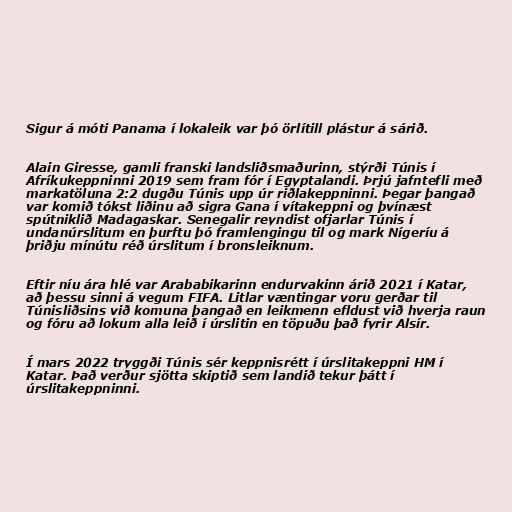
Sigur á móti Panama í lokaleik var þó örlítill plástur á sárið.

Alain Giresse, gamli franski landsliðsmaðurinn, stýrði Túnis í
Afríkukeppninni 2019 sem fram fór í Egyptalandi. Þrjú jafntefli með
markatöluna 2:2 dugðu Túnis upp úr riðlakeppninni. Þegar þangað
var komið tókst liðinu að sigra Gana í vítakeppni og þvínæst
spútniklið Madagaskar. Senegalir reyndist ofjarlar Túnis í
undanúrslitum en þurftu þó framlengingu til og mark Nígeríu á
þriðju mínútu réð úrslitum í bronsleiknum.

Eftir níu ára hlé var Arababikarinn endurvakinn árið 2021 í Katar,
að þessu sinni á vegum FIFA. Litlar væntingar voru gerðar til
Túnisliðsins við komuna þangað en leikmenn efldust við hverja raun
og fóru að lokum alla leið í úrslitin en töpuðu það fyrir Alsír.

Í mars 2022 tryggði Túnis sér keppnisrétt í úrslitakeppni HM í
Katar. Það verður sjötta skiptið sem landið tekur þátt í
úrslitakeppninni.